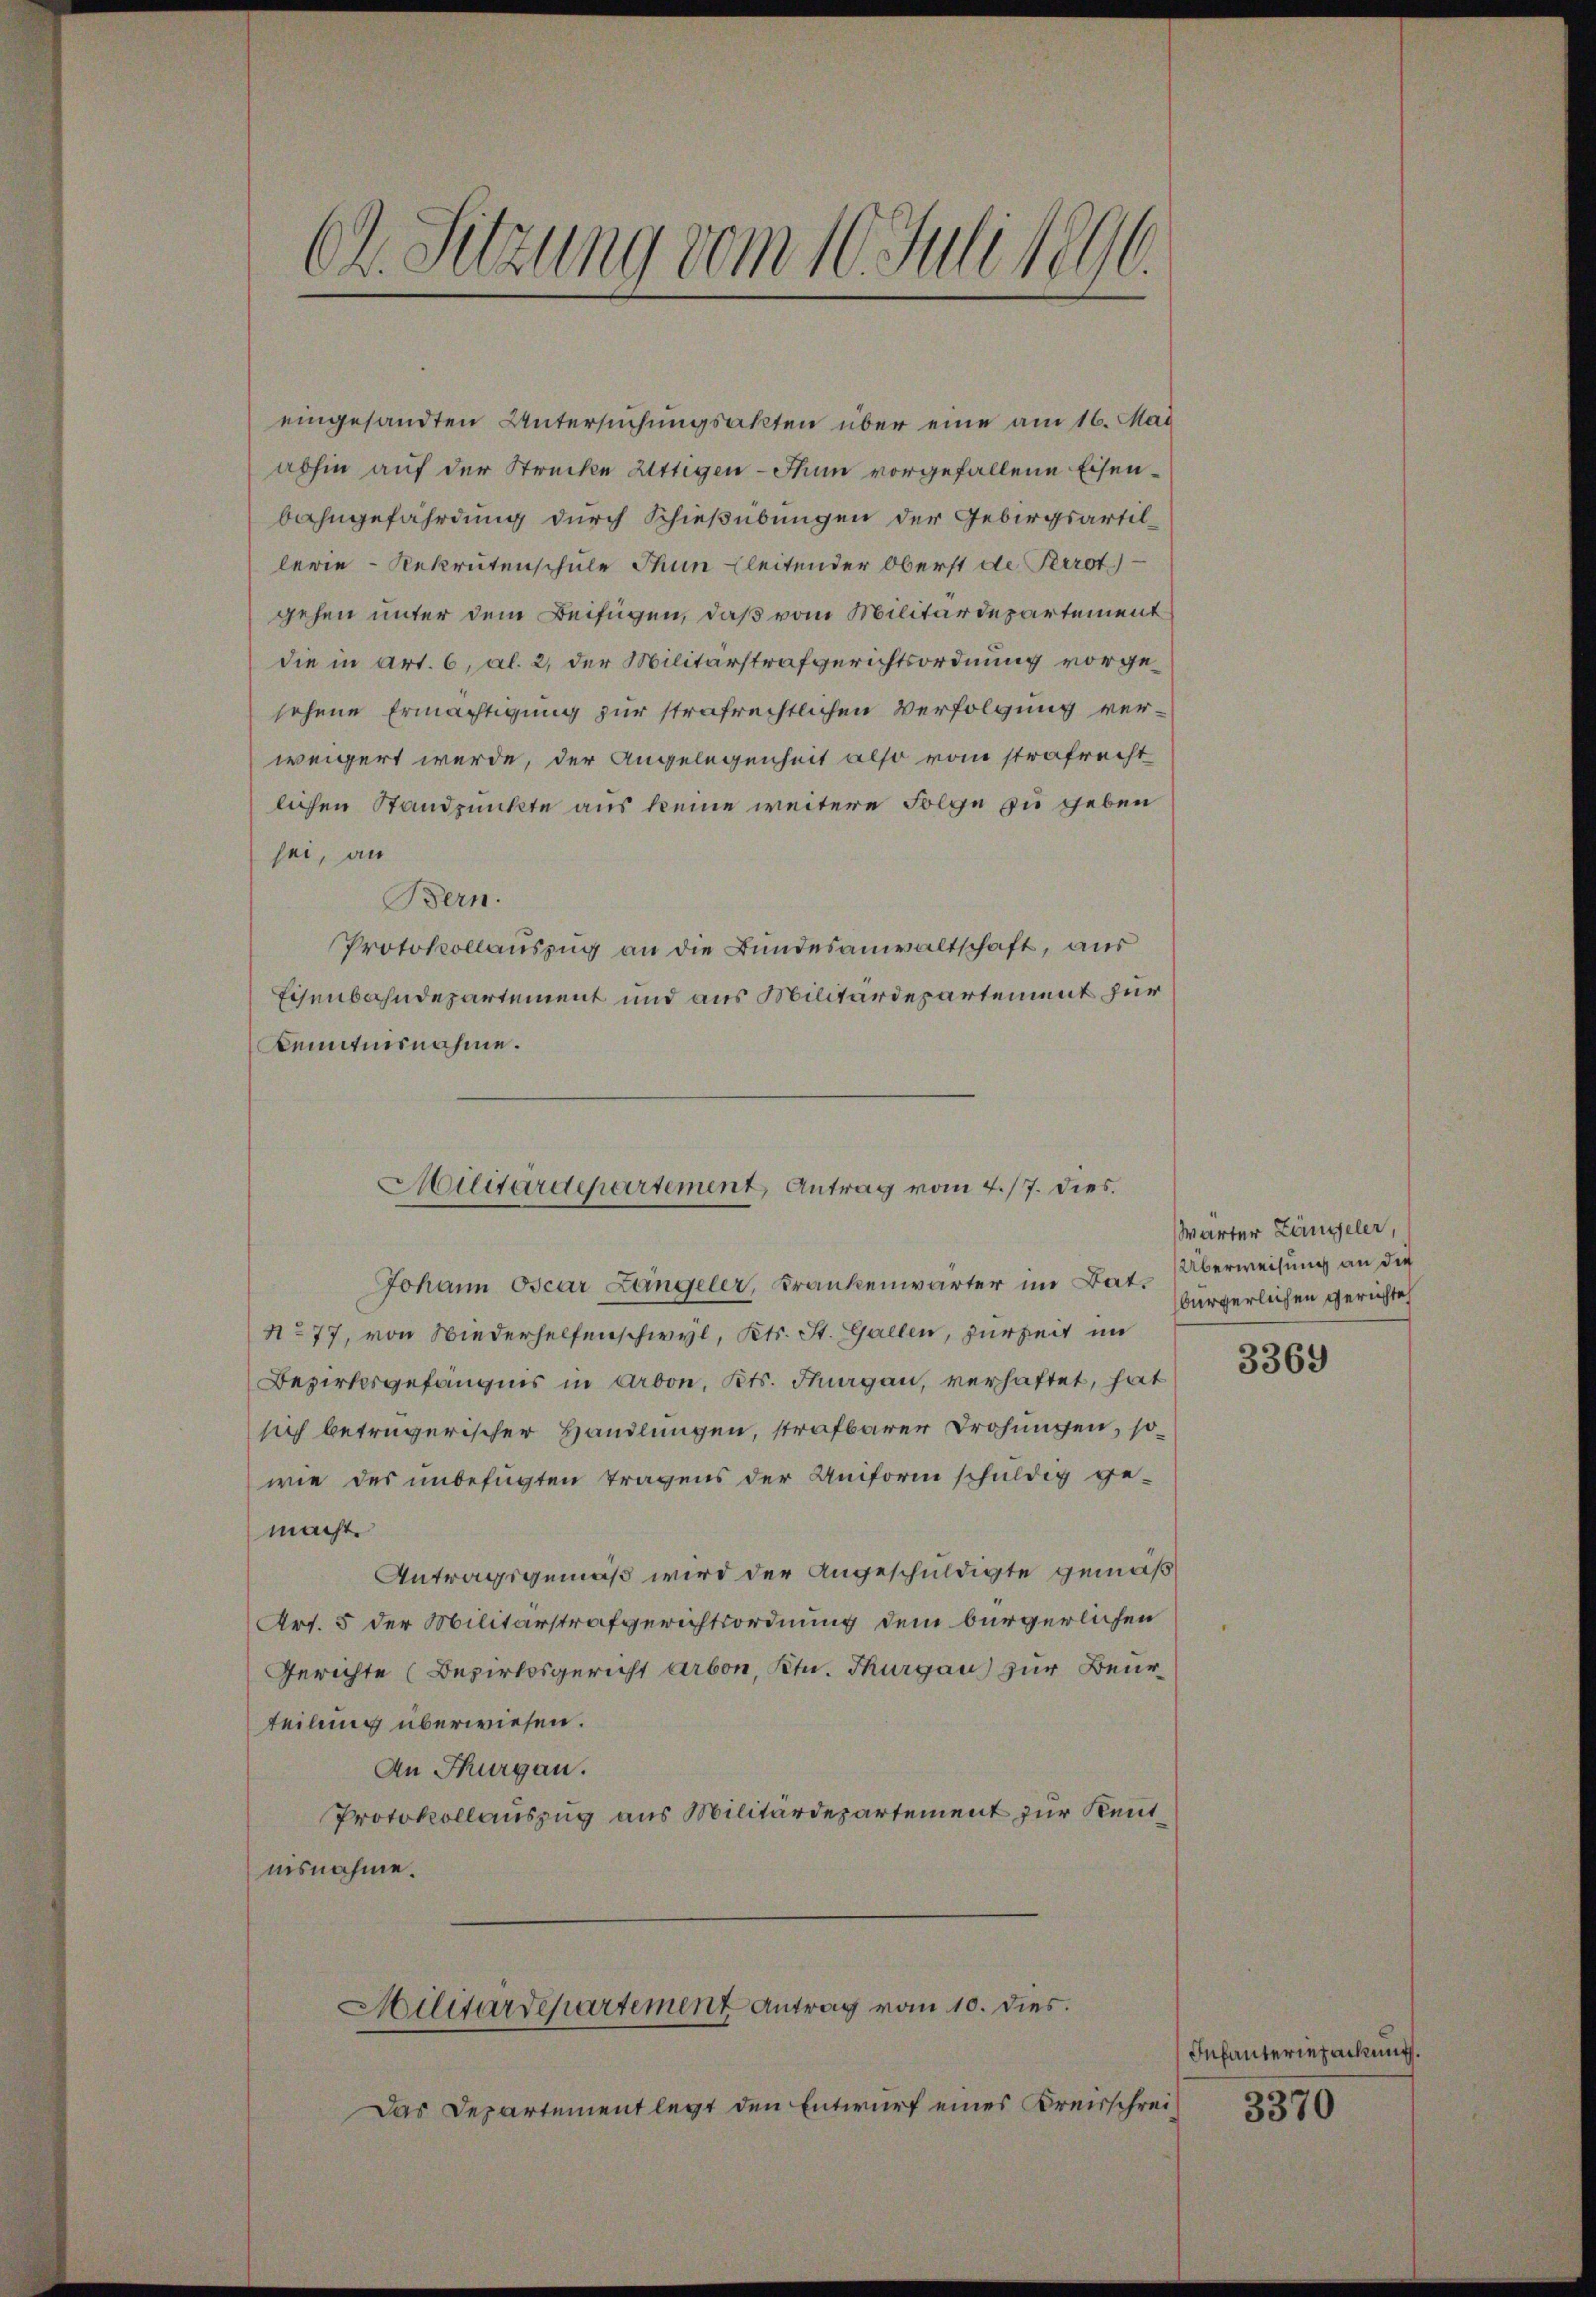
Ch. Sitzung vom 10. Juli 1896.

eingesandten Untersuchungsakten über eine am 16. Mai
abhin auf der Strecke Attigen - Thun vorgefallene Eisenbahngefährdung durch Schießübungen der Gebirgsartillerie-Rekrutenschule Thun bleitender Oberst de Perrot
gehen unter dem Beifügen, daß vom Militärdepartement
die in Art. 6, Al. 2, der Militärstrafgerichtsordnung vorgesehene Ermächtigung zur strafrechtlichen Verfolgung verweigert werde, der Angelegenheit also vom strafrecht
lichen Standpunkte aus keine weitere Folge zu geben
sei, an
Bern.
Protokollauszug an die Bundesanwaltschaft, aus
Eisenbahndepartement und aus Militärdepartement zur
Kenntnisnahme.
Johann Oscar Längeler, Krankenwärter im Bat.
No 77, von Wiederhelfenschwyl, Kts. St. Gallen, zurzeit im
Bezirksgefängnis in Arbon, Kts. Thurgau, verhaftet, hat
sich betrügerischer Handlungen, strafbarer Drohungen, sowie des unbefugten Tragens der Uniform schuldig ge-
macht.
Antragsgemäß wird der Angeschuldigte gemäß
Art. 5 der Militärstrafgerichtsordnung dem bürgerlichen
Gerichte (Bezirksgericht Arbon, Ktn. Thurgau zur Beurteilung überwiesen.
An Thurgau.
Protokollauszug aus Militärdepartement zur Kenntnisnahme.
Militärdepartement Antrag vom 10. dies.
Das Departement legt den Entwurf eines Kreisschrei¬

Militärdepartement, Antrag vom 7./7. Dies

Wärter Längeler,
Überweisung an die
bürgerlichen Gerichte

3369

Infanteriepackung.

3370